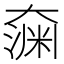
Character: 𫯶